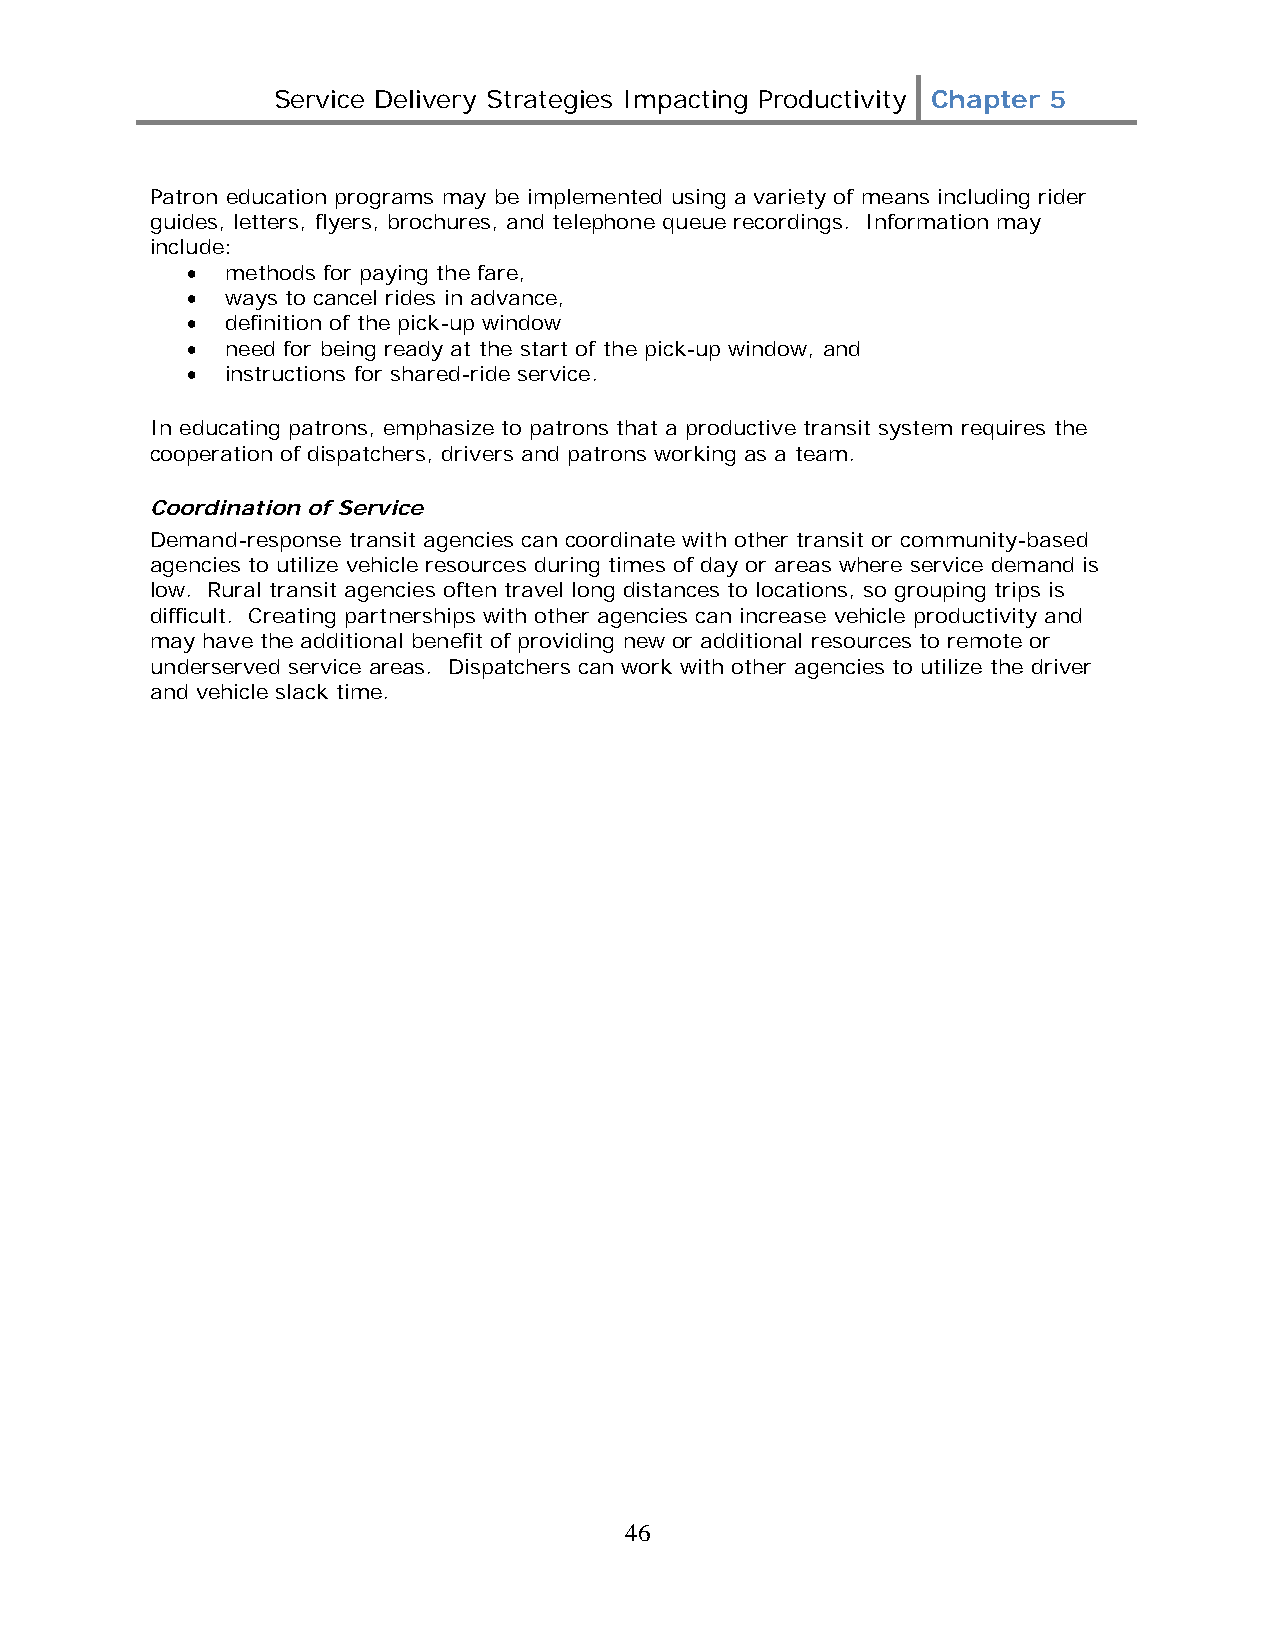
Service Delivery Strategies Impacting Productivity Chapter 5
 Patron education programs may be implemented using a variety of means including rider
 guides, letters, flyers, brochures, and telephone queue recordings. Information may
 include:
 •  methods for paying the fare,
 •  ways to cancel rides in advance,
 •  definition of the pick-up window
 •  need for being ready at the start of the pick-up window, and
 •  instructions for shared-ride service.
 In educating patrons, emphasize to patrons that a productive transit system requires the
 cooperation of dispatchers, drivers and patrons working as a team.
 Coordination of Service
 Demand-response transit agencies can coordinate with other transit or community-based
 agencies to utilize vehicle resources during times of day or areas where service demand is
 low. Rural transit agencies often travel long distances to locations, so grouping trips is
 difficult. Creating partnerships with other agencies can increase vehicle productivity and
 may have the additional benefit of providing new or additional resources to remote or
 underserved service areas. Dispatchers can work with other agencies to utilize the driver
 and vehicle slack time.
 46